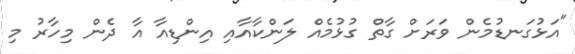
"އަޅުގަނޑުމެން ވަރަށް ގާތް ގުޅުމެއް ލަންކާއާއި އިންޑިއާ އާ ދެން މިހާރު މި